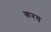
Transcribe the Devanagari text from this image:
करय